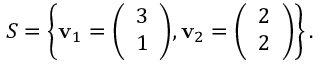
S = \left\lbrace \mathbf { v } _ { 1 } = { \left( \begin{array} { l } { 3 } \\ { 1 } \end{array} \right) } , \mathbf { v } _ { 2 } = { \left( \begin{array} { l } { 2 } \\ { 2 } \end{array} \right) } \right\rbrace .